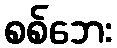
စစ်ဘေး